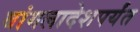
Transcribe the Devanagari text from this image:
बांगलादेशपर्यंत